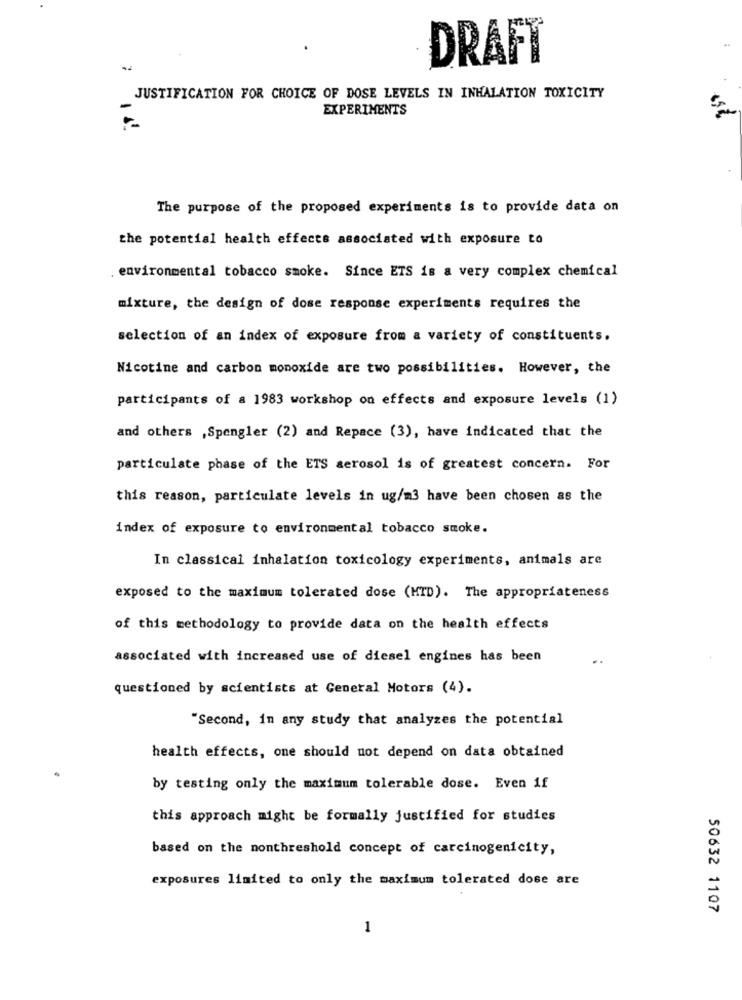
DRAFT
JUSTIFICATION FOR CHOICE OF DOSE LEVELS IN INHALATION TOXICITY
EXPERIMENTS
The purpose of the proposed experiments is to provide data on
the potential health effects associated with exposure to
environmental tobacco smoke. Since ETS is a very complex chemical
mixture, the design of dose response experiments requires the
selection of an index of exposure from a variety of constituents.
Nicotine and carbon monoxide are two possibilities. However, the
participants of a 1983 workshop on effects and exposure levels (1)
and others , Spengler (2) and Repace (3), have indicated that the
particulate phase of the ETS aerosol is of greatest concern. For
this reason, particulate levels in ug/m3 have been chosen as the
index of exposure to environmental tobacco smoke.
In classical inhalation toxicology experiments, animals are
exposed to the maximum tolerated dose (MID). The appropriateness
of this methodology to provide data on the health effects
associated with increased use of diesel engines has been
questioned by scientists at General Motors (4).
"Second, in any study that analyzes the potential
health effects, one should not depend on data obtained
by testing only the maximum tolerable dose. Even if
this approach might be formally justified for studies
based on the nonthreshold concept of carcinogenicity,
exposures limited to only the maximum tolerated dose are
50632 1107
1